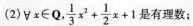
(2)∀x ∈ Q, $$\frac { 1 } { 3 } x ^ { 2 } + \frac { 1 } { 2 } x + 1$$有理数；